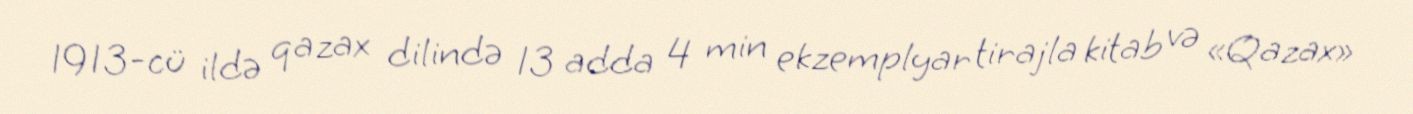
1913-cü ildə qazax dilində 13 adda 4 min ekzemplyar tirajla kitab və «Qazax»